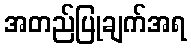
အတည်ပြုချက်အရ